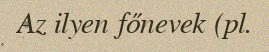
Az ilyen főnevek (pl.